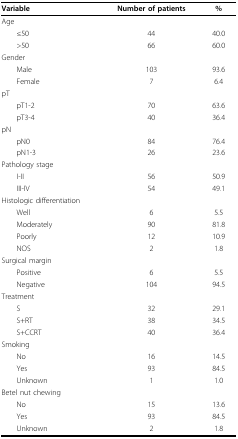
<table><thead><tr><td><b>Variable</b></td><td><b>Number of patients</b></td><td><b>%</b></td></tr></thead><tbody><tr><td>Age</td><td></td><td></td></tr><tr><td> ≤50</td><td>44</td><td>40.0</td></tr><tr><td> &gt;50</td><td>66</td><td>60.0</td></tr><tr><td>Gender</td><td></td><td></td></tr><tr><td> Male</td><td>103</td><td>93.6</td></tr><tr><td> Female</td><td>7</td><td>6.4</td></tr><tr><td>pT</td><td></td><td></td></tr><tr><td> pT1-2</td><td>70</td><td>63.6</td></tr><tr><td> pT3-4</td><td>40</td><td>36.4</td></tr><tr><td>pN</td><td></td><td></td></tr><tr><td> pN0</td><td>84</td><td>76.4</td></tr><tr><td> pN1-3</td><td>26</td><td>23.6</td></tr><tr><td>Pathology stage</td><td></td><td></td></tr><tr><td> I-II</td><td>56</td><td>50.9</td></tr><tr><td> III-IV</td><td>54</td><td>49.1</td></tr><tr><td>Histologic differentiation</td><td></td><td></td></tr><tr><td> Well</td><td>6</td><td>5.5</td></tr><tr><td> Moderately</td><td>90</td><td>81.8</td></tr><tr><td> Poorly</td><td>12</td><td>10.9</td></tr><tr><td> NOS</td><td>2</td><td>1.8</td></tr><tr><td>Surgical margin</td><td></td><td></td></tr><tr><td> Positive</td><td>6</td><td>5.5</td></tr><tr><td> Negative</td><td>104</td><td>94.5</td></tr><tr><td>Treatment</td><td></td><td></td></tr><tr><td> S</td><td>32</td><td>29.1</td></tr><tr><td> S+RT</td><td>38</td><td>34.5</td></tr><tr><td> S+CCRT</td><td>40</td><td>36.4</td></tr><tr><td>Smoking</td><td></td><td></td></tr><tr><td> No</td><td>16</td><td>14.5</td></tr><tr><td> Yes</td><td>93</td><td>84.5</td></tr><tr><td> Unknown</td><td>1</td><td>1.0</td></tr><tr><td>Betel nut chewing</td><td></td><td></td></tr><tr><td> No</td><td>15</td><td>13.6</td></tr><tr><td> Yes</td><td>93</td><td>84.5</td></tr><tr><td> Unknown</td><td>2</td><td>1.8</td></tr></tbody></table>